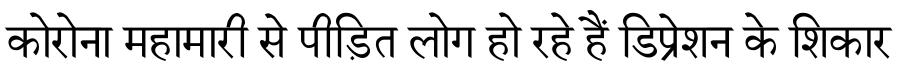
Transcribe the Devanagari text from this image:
कोरोना महामारी से पीड़ित लोग हो रहे हैं डिप्रेशन के शिकार